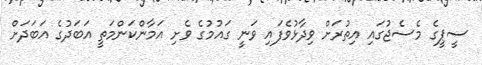
ސީޕީގެ މެސެޖުގައި އިތުރަށް ވިދާޅުވެފައި ވަނީ ގައުމުގެ ވެށި އަމާންކަންމަތީ އަބަދުގެ އަބަދަށް